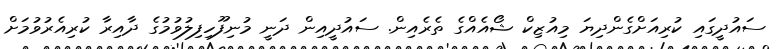
ސައުދީގައި ކުރިއަށްގެންދިޔަ މިއުޒިކް ޝޯއެއްގެ ތެރެއިން. ސައުދީއިން ދަނީ މުނިފޫހިފިލުވުމުގެ ދާއިރާ ކުރިއެރުވުމަށް